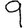
Digit: 9